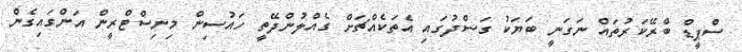
ސްޕީޑް ބްރޭކަރުތައް ނަގަނީ ބަޔަކު ގަސްދުގައި އެތަކެއްޗަށް ގެއްލުންދޭތީ ހައުސިން މިނިސްޓްރީން އަންގައިގެން